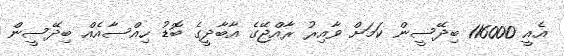
އެއީ 116000 ބިދޭސީން ކަމަށް ވާއިރު ރާއްޖޭގެ އާބާދީގެ ބޮޑު ހިއްސާއެއް ބިދޭސީން